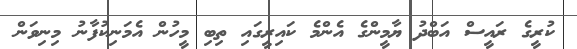
ކުރީގެ ރައީސް އަބްދު ޔާމީންގެ އެންމެ ކައިރީގައި ތިބި މީހުން އެމަނިކުފާނު މިނިވަން